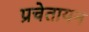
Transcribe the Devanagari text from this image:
प्रचेतायन